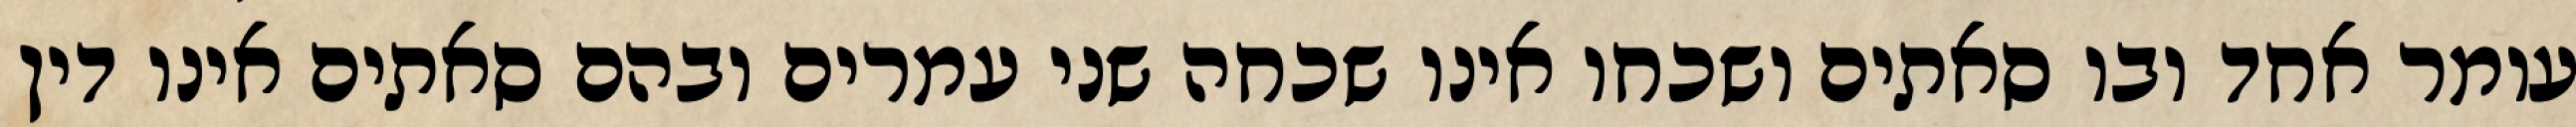
עומר אחד ובו סאתים ושכחו אינו שכחה שני עמרים ובהם סאתים אינו דין